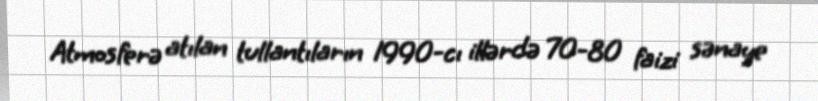
Atmosferə atılan tullantıların 1990-cı illərdə 70-80 faizi sənaye